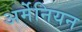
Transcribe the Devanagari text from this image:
अर्मेनियन